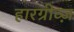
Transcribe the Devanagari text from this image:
हारग्रीव्ज़